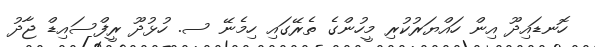
ހޮނޑައިދޫ އިން ހައްޔަރުކުރި މީހުންގެ ތެރޭގައި ހިމެނޭ ސ. ހުޅުދޫ ރީފްސައިޑް ޖާދު